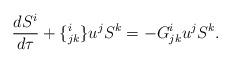
LaTeX: \begin{align*}\frac{dS^i}{d\tau} + \{^i_{jk} \}u^j S^k = - G^i_{jk}u^j S^k.\end{align*}